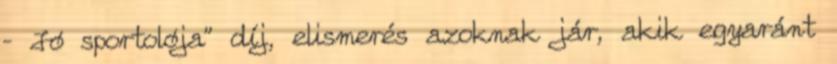
– Jó sportolója” díj, elismerés azoknak jár, akik egyaránt